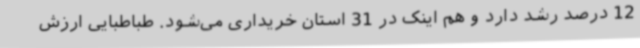
12 درصد رشد دارد و هم اینک در 31 استان خریداری می‌شود. طباطبایی ارزش